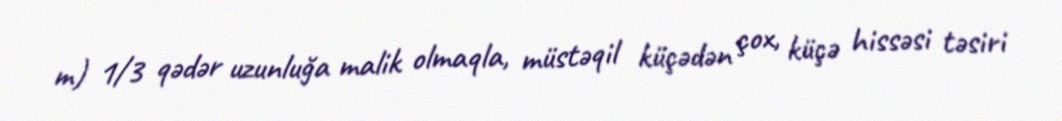
m) 1/3 qədər uzunluğa malik olmaqla, müstəqil küçədən çox, küçə hissəsi təsiri